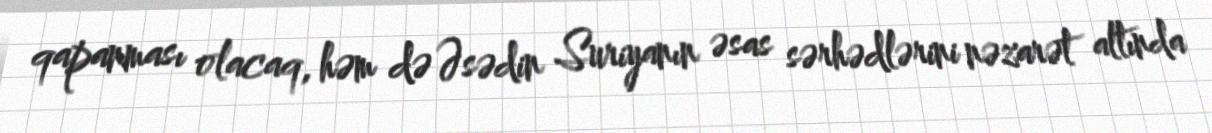
qapanması olacaq, həm də Əsədin Suriyanın əsas sərhədlərini nəzarət altında